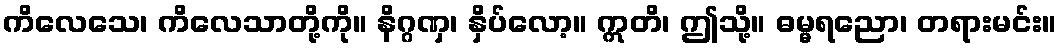
ကိလေသေ၊ ကိလေသာတို့ကို။ နိဂ္ဂဏှ၊ နှိပ်လော့။ ဣတိ၊ ဤသို့။ ဓမ္မရညော၊ တရားမင်း။